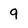
Character: 9